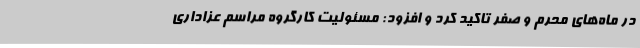
در ماه‌های محرم و صفر تاکید کرد و افزود: مسئولیت کارگروه مراسم عزاداری